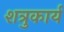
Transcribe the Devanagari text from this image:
शत्रुकार्य